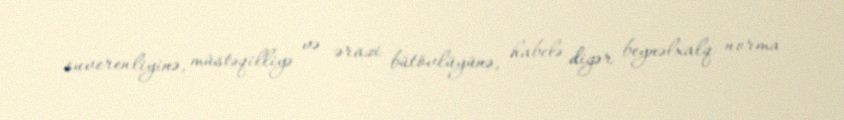
suverenliyinə, müstəqilliyə və ərazi bütövlüyünə, habelə digər beynəlxalq norma